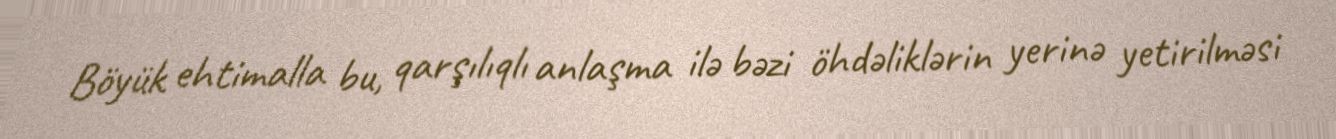
Böyük ehtimalla bu, qarşılıqlı anlaşma ilə bəzi öhdəliklərin yerinə yetirilməsi